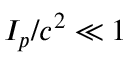
I _ { p } / c ^ { 2 } \ll 1